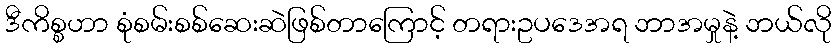
ဒီကိစ္စဟာ စုံစမ်းစစ်ဆေးဆဲဖြစ်တာကြောင့် တရားဥပဒေအရ ဘာအမှုနဲ့ ဘယ်လို